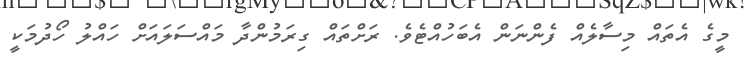
މީގެ އެތައް މިސާލެއް ފެންނަން އެބަހުއްޓެވެ. ރަށްތައް ގިރަމުންދާ މައްސަލައަށް ހައްލު ހޯދުމަކީ